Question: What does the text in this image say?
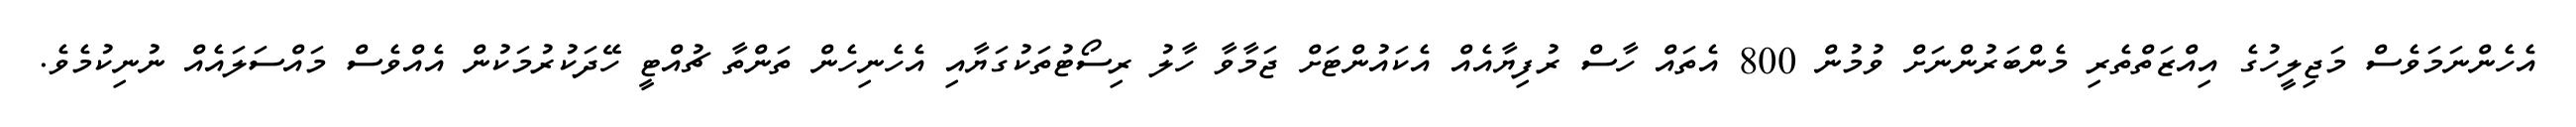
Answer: އެހެންނަމަވެސް މަޖިލީހުގެ އިއްޒަތްތެރި މެންބަރުންނަށް ވުމުން 800 އެތައް ހާސް ރުފިޔާއެއް އެކައުންޓަށް ޖަމާވާ ހާލު ރިސޯޓުތަކުގަޔާއި އެހެނިހެން ތަންތާ ޗުއްޓީ ހޭދަކުރުމަކުން އެއްވެސް މައްސަލައެއް ނުނިކުމެވެ.